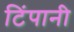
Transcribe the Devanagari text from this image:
टिंपानी